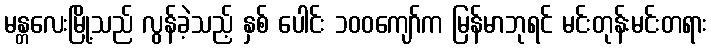
မန္တလေးမြို့သည် လွန်ခဲ့သည့် နှစ် ပေါင်း ၁၀၀ကျော်က မြန်မာဘုရင် မင်းတုန်းမင်းတရား